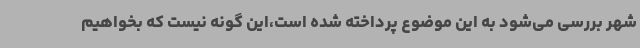
شهر بررسی می‌شود به این موضوع پرداخته شده است،این گونه نیست که بخواهیم